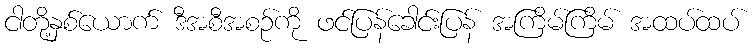
ငါတို့နှစ်ယောက် ဒီအစီအစဉ်ကို ဖင်ပြန်ခေါင်းပြန် အကြိမ်ကြိမ် အထပ်ထပ်